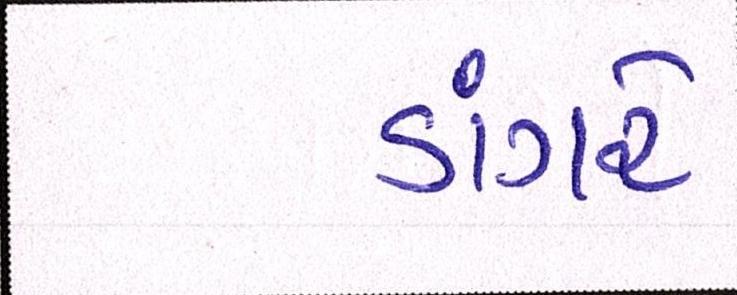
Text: ડાંગરે